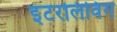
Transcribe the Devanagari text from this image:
इंटरलिविंग